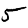
Digit: 5